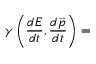
\gamma \left( { \frac { d E } { d t } } , { \frac { d { \vec { p } } } { d t } } \right) =